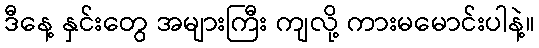
ဒီနေ့ နှင်းတွေ အများကြီး ကျလို့ ကားမမောင်းပါနဲ့။